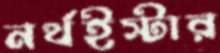
নর্থইস্টার